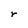
Character: r